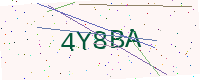
Text: 4Y8BA